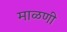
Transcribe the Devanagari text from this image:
माळणी